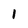
Character: 1